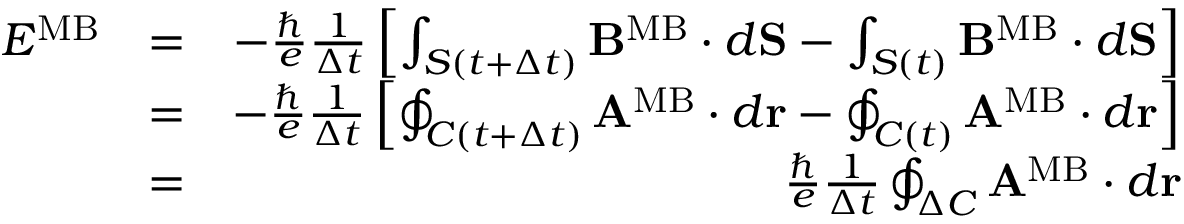
\begin{array} { r l r } { { \cal E } ^ { \mathrm { M B } } } & { = } & { - { \frac { \hbar } { e } } { \frac { 1 } { \Delta t } } \left[ \int _ { S ( t + \Delta t ) } { \bf B } ^ { \mathrm { M B } } \cdot d { \bf S } - \int _ { S ( t ) } { \bf B } ^ { \mathrm { M B } } \cdot d { \bf S } \right] } \\ & { = } & { - { \frac { \hbar } { e } } { \frac { 1 } { \Delta t } } \left[ \oint _ { C ( t + \Delta t ) } { \bf A } ^ { \mathrm { M B } } \cdot d { \bf r } - \oint _ { C ( t ) } { \bf A } ^ { \mathrm { M B } } \cdot d { \bf r } \right] } \\ & { = } & { { \frac { \hbar } { e } } { \frac { 1 } { \Delta t } } \oint _ { \Delta C } { \bf A } ^ { \mathrm { M B } } \cdot d { \bf r } } \end{array}